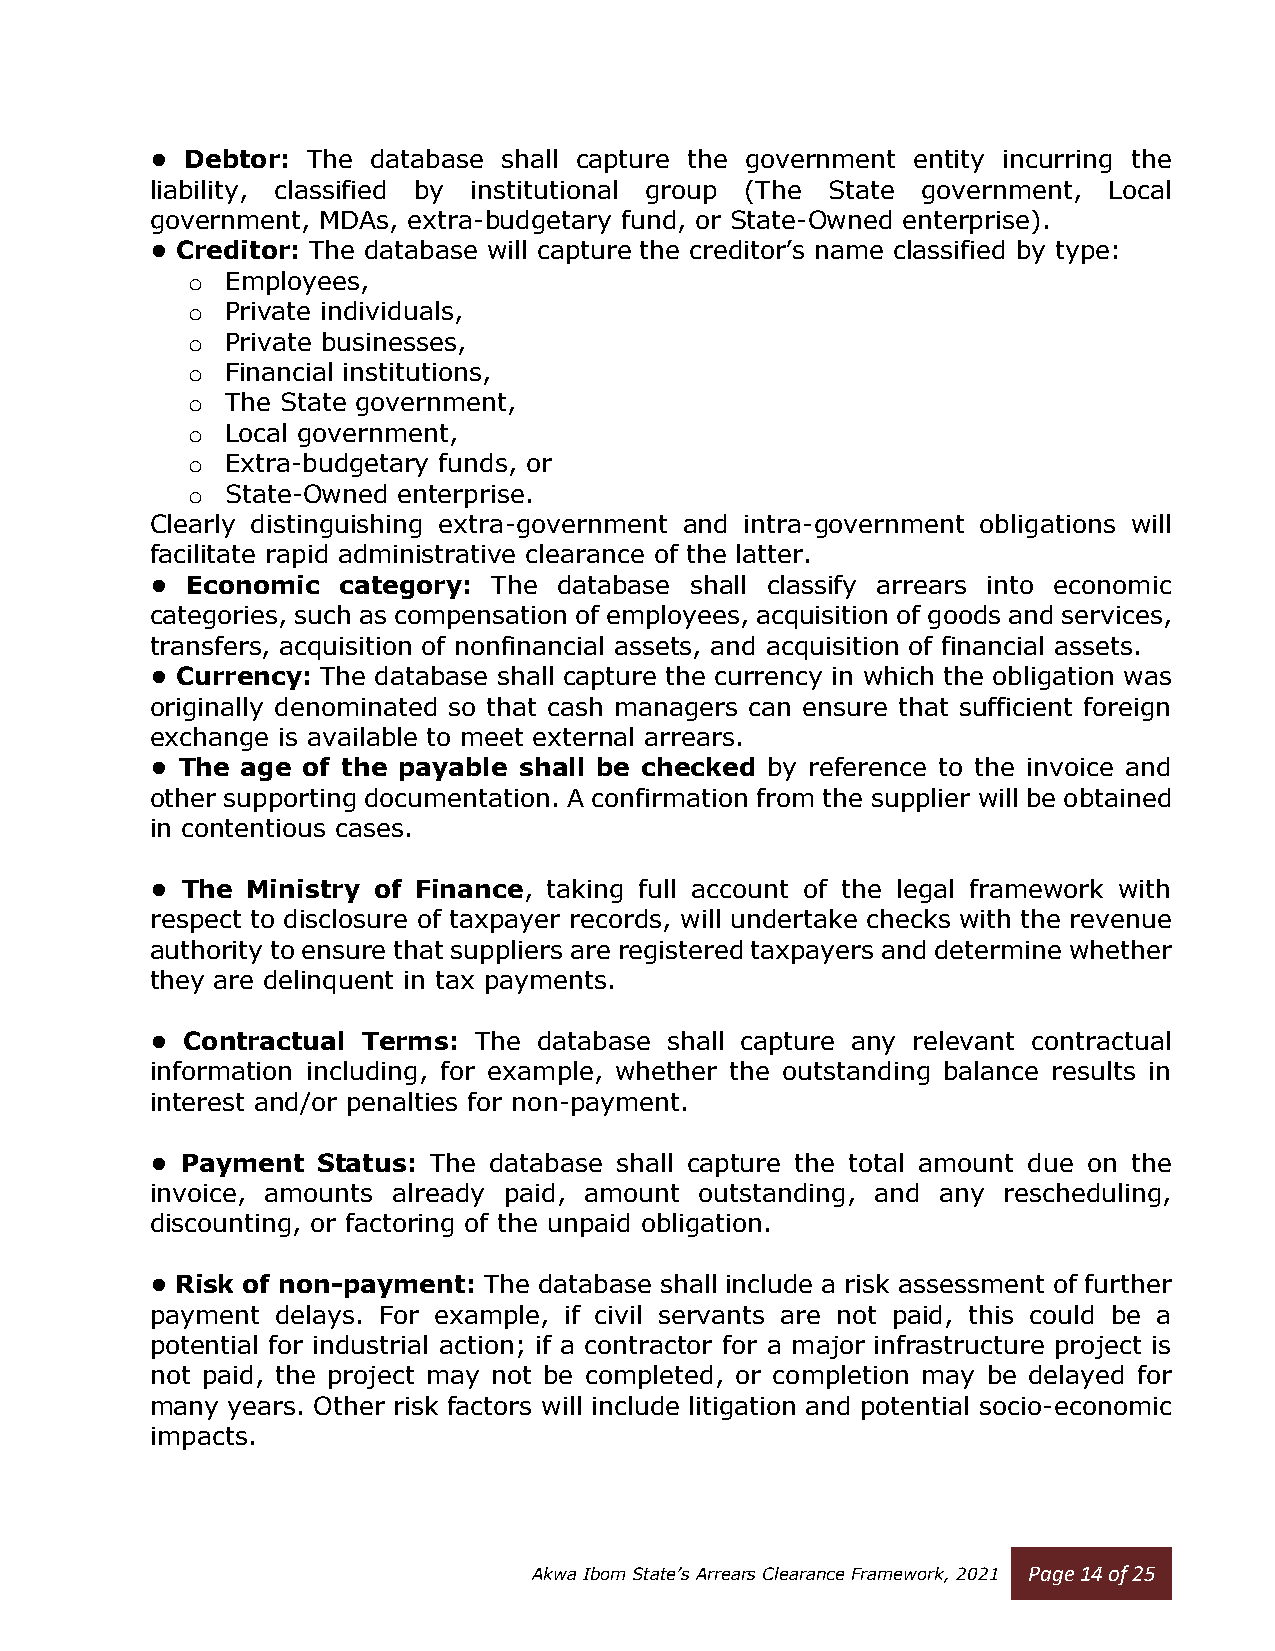
• Debtor: The database shall capture the government entity incurring the
 liability, classified by institutional group (The State government, Local
 government, MDAs, extra-budgetary fund, or State-Owned enterprise).
 • Creditor: The database will capture the creditor’s name classified by type:
 o  Employees,
 o  Private individuals,
 o  Private businesses,
 o  Financial institutions,
 o  The State government,
 o  Local government,
 o  Extra-budgetary funds, or
 o  State-Owned enterprise.
 Clearly distinguishing extra-government and intra-government obligations will
 facilitate rapid administrative clearance of the latter.
 • Economic  category:  The database shall classify arrears into economic
 categories, such as compensation of employees, acquisition of goods and services,
 transfers, acquisition of nonfinancial assets, and acquisition of financial assets.
 • Currency: The database shall capture the currency in which the obligation was
 originally denominated so that cash managers can ensure that sufficient foreign
 exchange is available to meet external arrears.
 • The age of the payable shall be checked by reference to the invoice and
 other supporting documentation. A confirmation from the supplier will be obtained
 in contentious cases.
 • The Ministry of Finance, taking full account of the legal framework with
 respect to disclosure of taxpayer records, will undertake checks with the revenue
 authority to ensure that suppliers are registered taxpayers and determine whether
 they are delinquent in tax payments.
 • Contractual Terms: The  database shall capture any relevant contractual
 information including, for example, whether the outstanding balance results in
 interest and/or penalties for non-payment.
 • Payment  Status: The database shall capture the total amount due on the
 invoice, amounts already paid, amount outstanding, and any rescheduling,
 discounting, or factoring of the unpaid obligation.
 • Risk of non-payment: The database shall include a risk assessment of further
 payment delays. For example, if civil servants are not paid, this could be a
 potential for industrial action; if a contractor for a major infrastructure project is
 not paid, the project may not be completed, or completion may be delayed for
 many years. Other risk factors will include litigation and potential socio-economic
 impacts.
 Akwa Ibom State’s Arrears Clearance Framework, 2021 Page 14 of 25